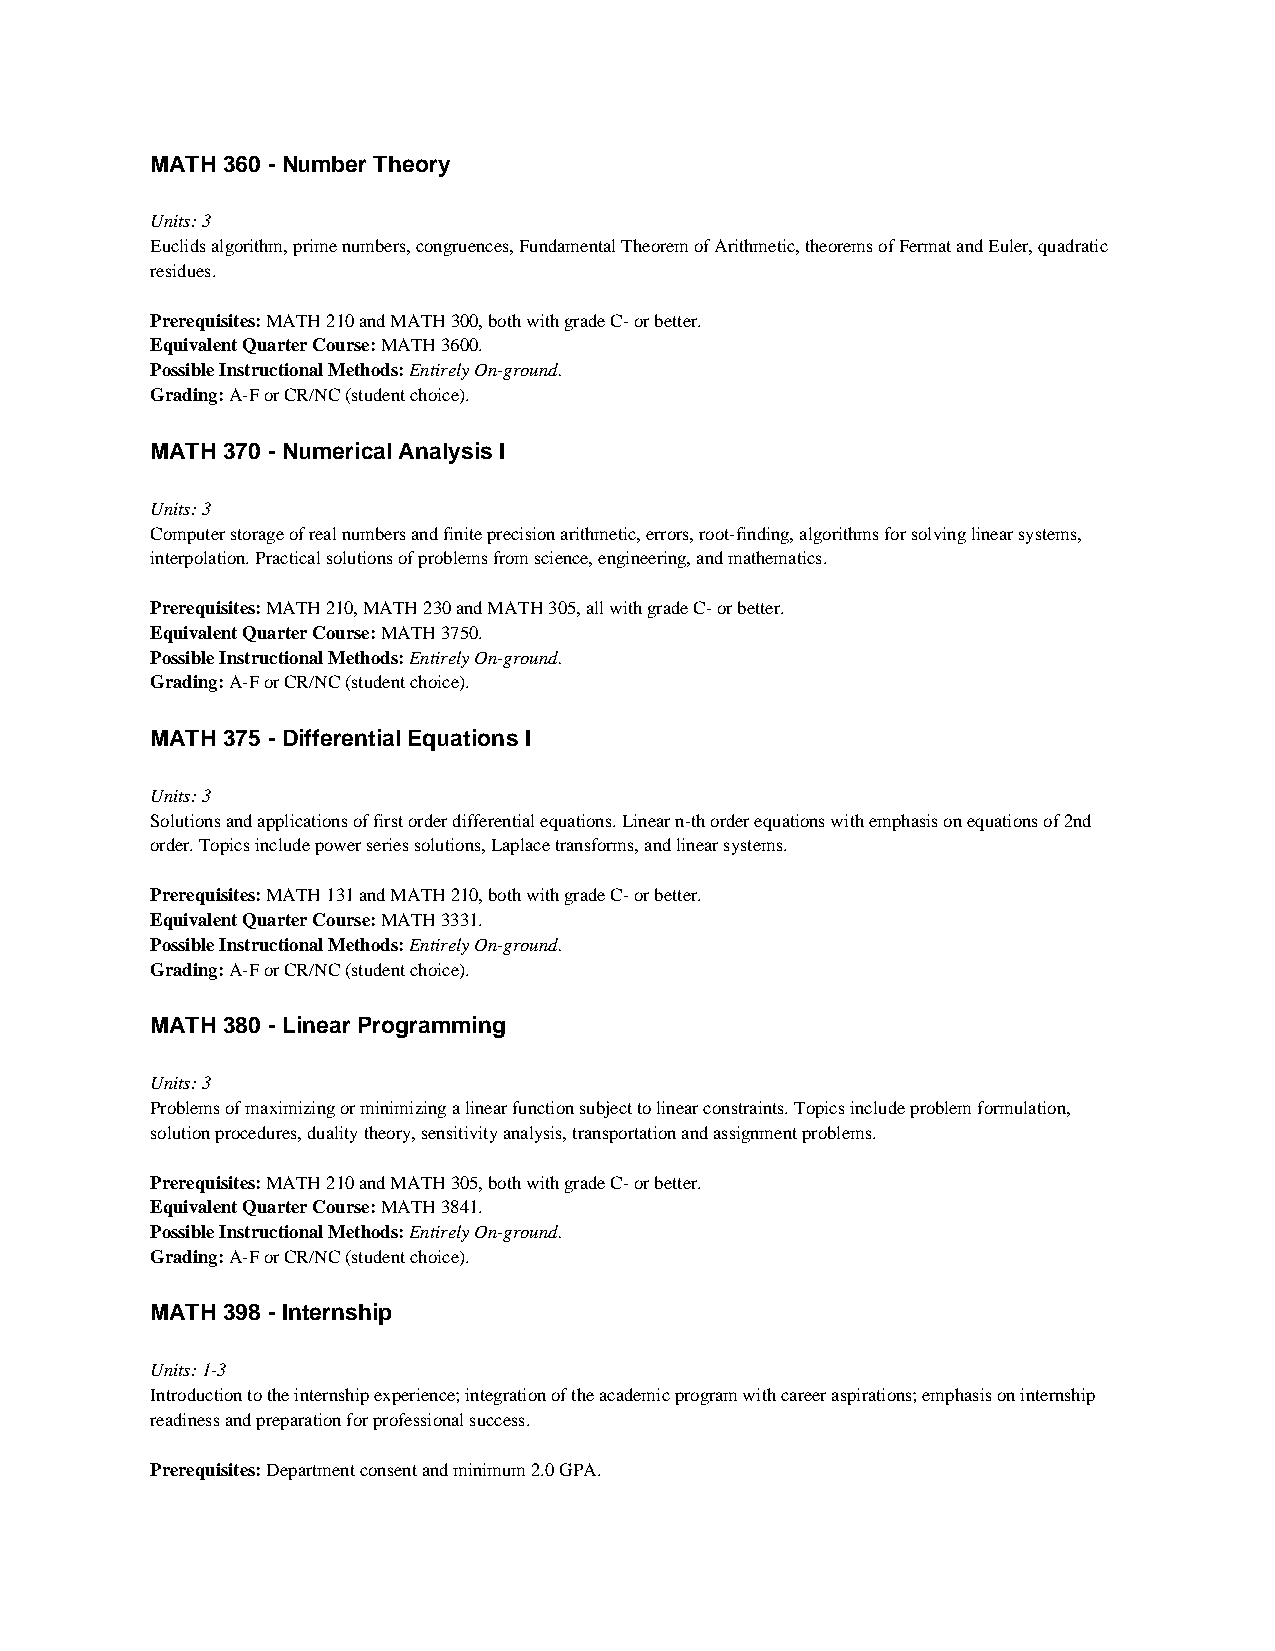
MATH 360 - Number Theory
 Units: 3
 Euclids algorithm, prime numbers, congruences, Fundamental Theorem of Arithmetic, theorems of Fermat and Euler, quadratic
 residues.
 Prerequisites: MATH 210 and MATH 300, both with grade C- or better.
 Equivalent Quarter Course: MATH 3600.
 Possible Instructional Methods: Entirely On-ground.
 Grading: A-F or CR/NC (student choice).
 MATH 370 - Numerical Analysis I
 Units: 3
 Computer storage of real numbers and finite precision arithmetic, errors, root-finding, algorithms for solving linear systems,
 interpolation. Practical solutions of problems from science, engineering, and mathematics.
 Prerequisites: MATH 210, MATH 230 and MATH 305, all with grade C- or better.
 Equivalent Quarter Course: MATH 3750.
 Possible Instructional Methods: Entirely On-ground.
 Grading: A-F or CR/NC (student choice).
 MATH 375 - Differential Equations I
 Units: 3
 Solutions and applications of first order differential equations. Linear n-th order equations with emphasis on equations of 2nd
 order. Topics include power series solutions, Laplace transforms, and linear systems.
 Prerequisites: MATH 131 and MATH 210, both with grade C- or better.
 Equivalent Quarter Course: MATH 3331.
 Possible Instructional Methods: Entirely On-ground.
 Grading: A-F or CR/NC (student choice).
 MATH 380 - Linear Programming
 Units: 3
 Problems of maximizing or minimizing a linear function subject to linear constraints. Topics include problem formulation,
 solution procedures, duality theory, sensitivity analysis, transportation and assignment problems.
 Prerequisites: MATH 210 and MATH 305, both with grade C- or better.
 Equivalent Quarter Course: MATH 3841.
 Possible Instructional Methods: Entirely On-ground.
 Grading: A-F or CR/NC (student choice).
 MATH 398 - Internship
 Units: 1-3
 Introduction to the internship experience; integration of the academic program with career aspirations; emphasis on internship
 readiness and preparation for professional success.
 Prerequisites: Department consent and minimum 2.0 GPA.